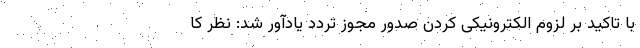
با تاکید بر لزوم الکترونیکی کردن صدور مجوز تردد یادآور شد: نظر کا